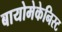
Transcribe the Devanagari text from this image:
बायोमेकेनिस्ट